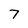
Character: 7